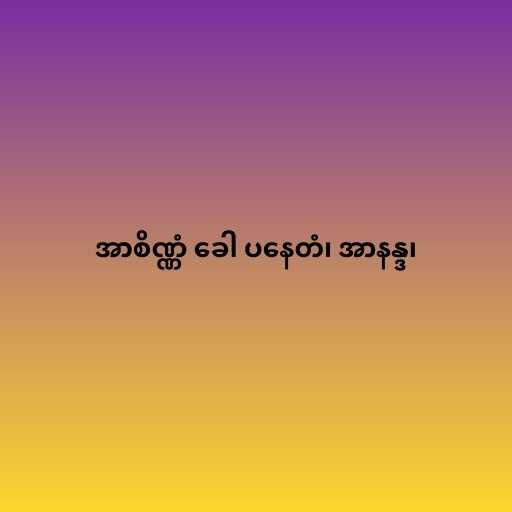
အာစိဏ္ဏံ ခေါ ပနေတံ၊ အာနန္ဒ၊